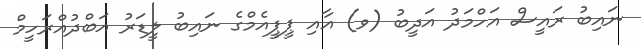
ނައިބު ރައީސް އަހްމަދު އަދީބު (ވ) އާއި ޕީޕީއެމްގެ ނައިބު ލީޑަރު އަބްދުއްރަހީމް